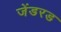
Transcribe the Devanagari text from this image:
जेंडरड